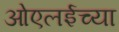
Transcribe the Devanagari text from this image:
ओएलईच्या